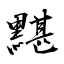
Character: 黮